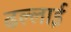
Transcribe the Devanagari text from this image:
ढल्लाई